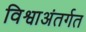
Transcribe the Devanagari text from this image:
विश्वाअंतर्गत